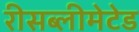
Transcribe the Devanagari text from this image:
रीसब्लीमेटेड